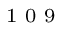
^ \textrm { \scriptsize 1 0 9 }